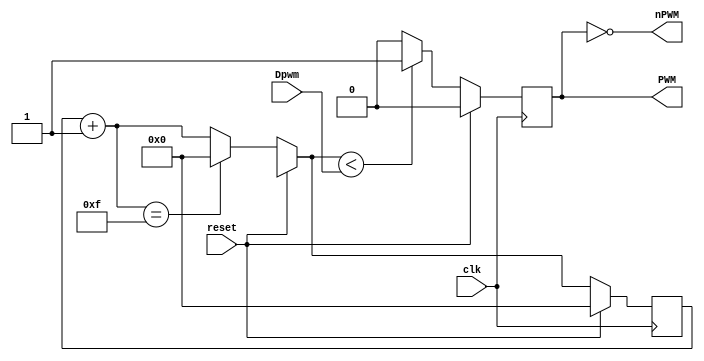
//modulul principal pentru generatorul PWM
module PWMgen(PWM,nPWM,Dpwm,clk,reset);
 input [3:0]Dpwm;
 input clk,reset;
 output PWM,nPWM;
 reg PWM;
 reg[3:0] count;

 assign nPWM=~PWM; //iesirea complementara
 //blocul principal sincronizat cu semnalul 'clk'
 always @(posedge clk)
 begin
if(reset) //la reset PWM si count iau valoarea 0
 begin
PWM=1'b0;
count=4'd0;
 end
else
begin
 count=count+1; //numaratorul se incrementeaza la fiecare
 if(count==15) //front al semnalului 'clk'
count=0; //numaratorul se reseteaza la valoarea 15
 if(count<Dpwm)
PWM=1'b1; //semnalul PWM este 1 cat timp numaratorul
 else //are valoare inferioara prescrierii pe intrarea
PWM=1'b0; //Dpwm
end
 end
endmodule
//modulul de simulare pentru generatorul PWM
module simulare;
 reg clk,reset;
 reg[3:0] Dpwm;
 wire PWM,nPWM;

 PWMgen pgen(PWM,nPWM,Dpwm,clk,reset);

 initial
begin
 clk=1'b0;
 reset=1'b1;
 Dpwm=4'd1;
end

 always
#2 clk=~clk;
 initial
begin
 $dumpfile("pwmgen.vcd");
 $dumpvars();
 #5 reset=1'b0;
 #200 Dpwm=4'd7;
 #1000 Dpwm=4'd15;
end
 initial
#2000 $finish;
endmodule